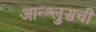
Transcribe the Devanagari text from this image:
आन्श्लुसची